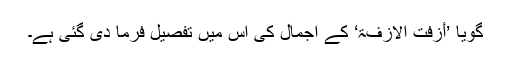
گویا ’أَزِفَتْ الْاٰزِفَۃُ‘ کے اجمال کی اس میں تفصیل فرما دی گئی ہے۔